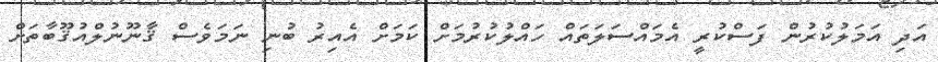
އަދި އަމަލުކުރުން ފަސްކުރީ އެމައްސަލަތައް ހައްލުކުރުމަށް ކަމަށް އެއިރު ބުނި ނަމަވެސް ޤާނޫނުލްއުޤޫބާތަށް